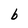
Character: b